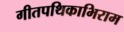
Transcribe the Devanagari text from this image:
गीतपथिकाभिराम